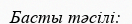
Басты тәсілі: